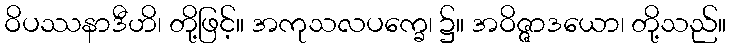
ဝိပဿနာဒီဟိ၊ တို့ဖြင့်။ အကုသလပက္ခေ၊ ၌။ အဝိဇ္ဇာဒယော၊ တို့သည်။